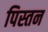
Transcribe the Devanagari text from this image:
पिस्तन